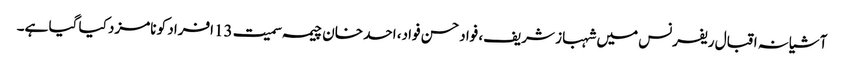
آشیانہ اقبال ریفرنس میں شہباز شریف، فواد حسن فواد، احد خان چیمہ سمیت 13افراد کو نامزد کیا گیا ہے۔